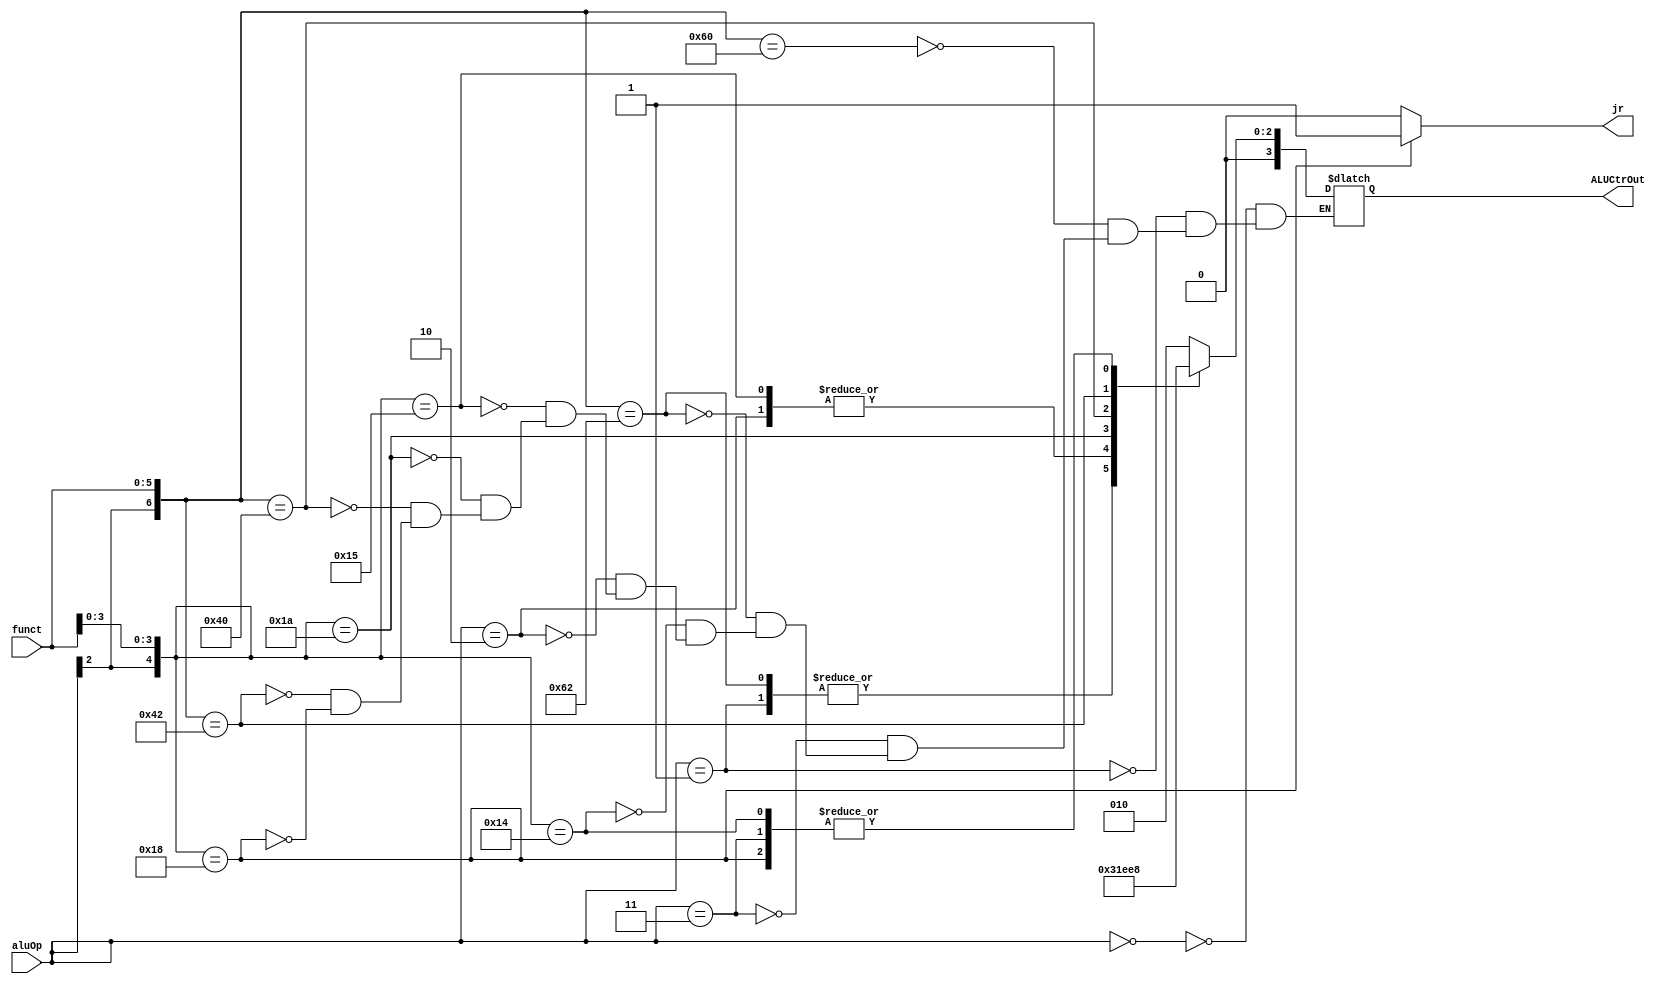
module ALUctr(
    input [2:0] aluOp,
    input [5:0] funct,
    output [3:0] ALUCtrOut,
    output jr
    );
    reg [3:0] ALUCtrOut;
    reg jr;
    always @(aluOp or funct)
    begin
        jr=0;
        casex ({aluOp,funct})
        9'b000xxxxxx:ALUCtrOut=4'b0010;//lw sw addi
        9'b001xxxxxx:ALUCtrOut=4'b0110;//branch
        9'b1xx100000:ALUCtrOut=4'b0010;//add
        9'b011xxxxxx:ALUCtrOut=4'b0000;//and
        9'b1xx100010:ALUCtrOut=4'b0110;//subtract
        9'b1xxxx0100:ALUCtrOut=4'b0000;//and
        9'b010xxxxxx:ALUCtrOut=4'b0001;//or
        9'b1xxxx0101:ALUCtrOut=4'b0001;//or
        9'b1xxxx1010:ALUCtrOut=4'b0111;//slt
        9'b1xx000000:ALUCtrOut=4'b0011;//sll
        9'b1xx000010:ALUCtrOut=4'b0101;//srl
        9'b1xxxx1000:
        begin
             ALUCtrOut=4'b0000;
             jr=1;//jr
        end
        endcase
    end
endmodule